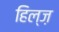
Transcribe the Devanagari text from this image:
हिल्ज़